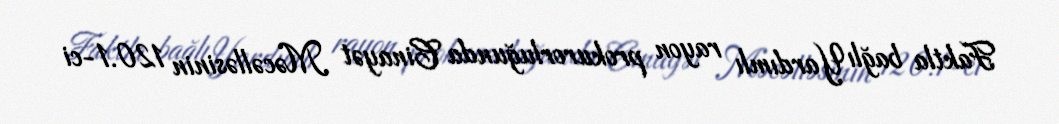
Faktla bağlı Yardımlı rayon prokurorluğunda Cinayət Məcəlləsinin 120.1-ci